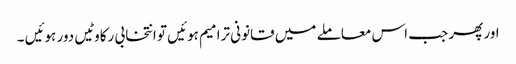
اور پھر جب اس معاملے میں قانونی ترامیم ہوئیں تو انتخابی رکاوٹیں دور ہوئیں ۔